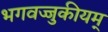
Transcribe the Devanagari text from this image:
भगवज्जुकीयम्‌